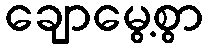
ချောမွေ့စွာ